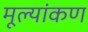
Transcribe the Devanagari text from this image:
मूल्यांकण